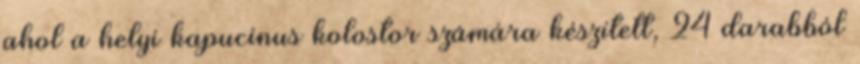
ahol a helyi kapucinus kolostor számára készített, 24 darabból